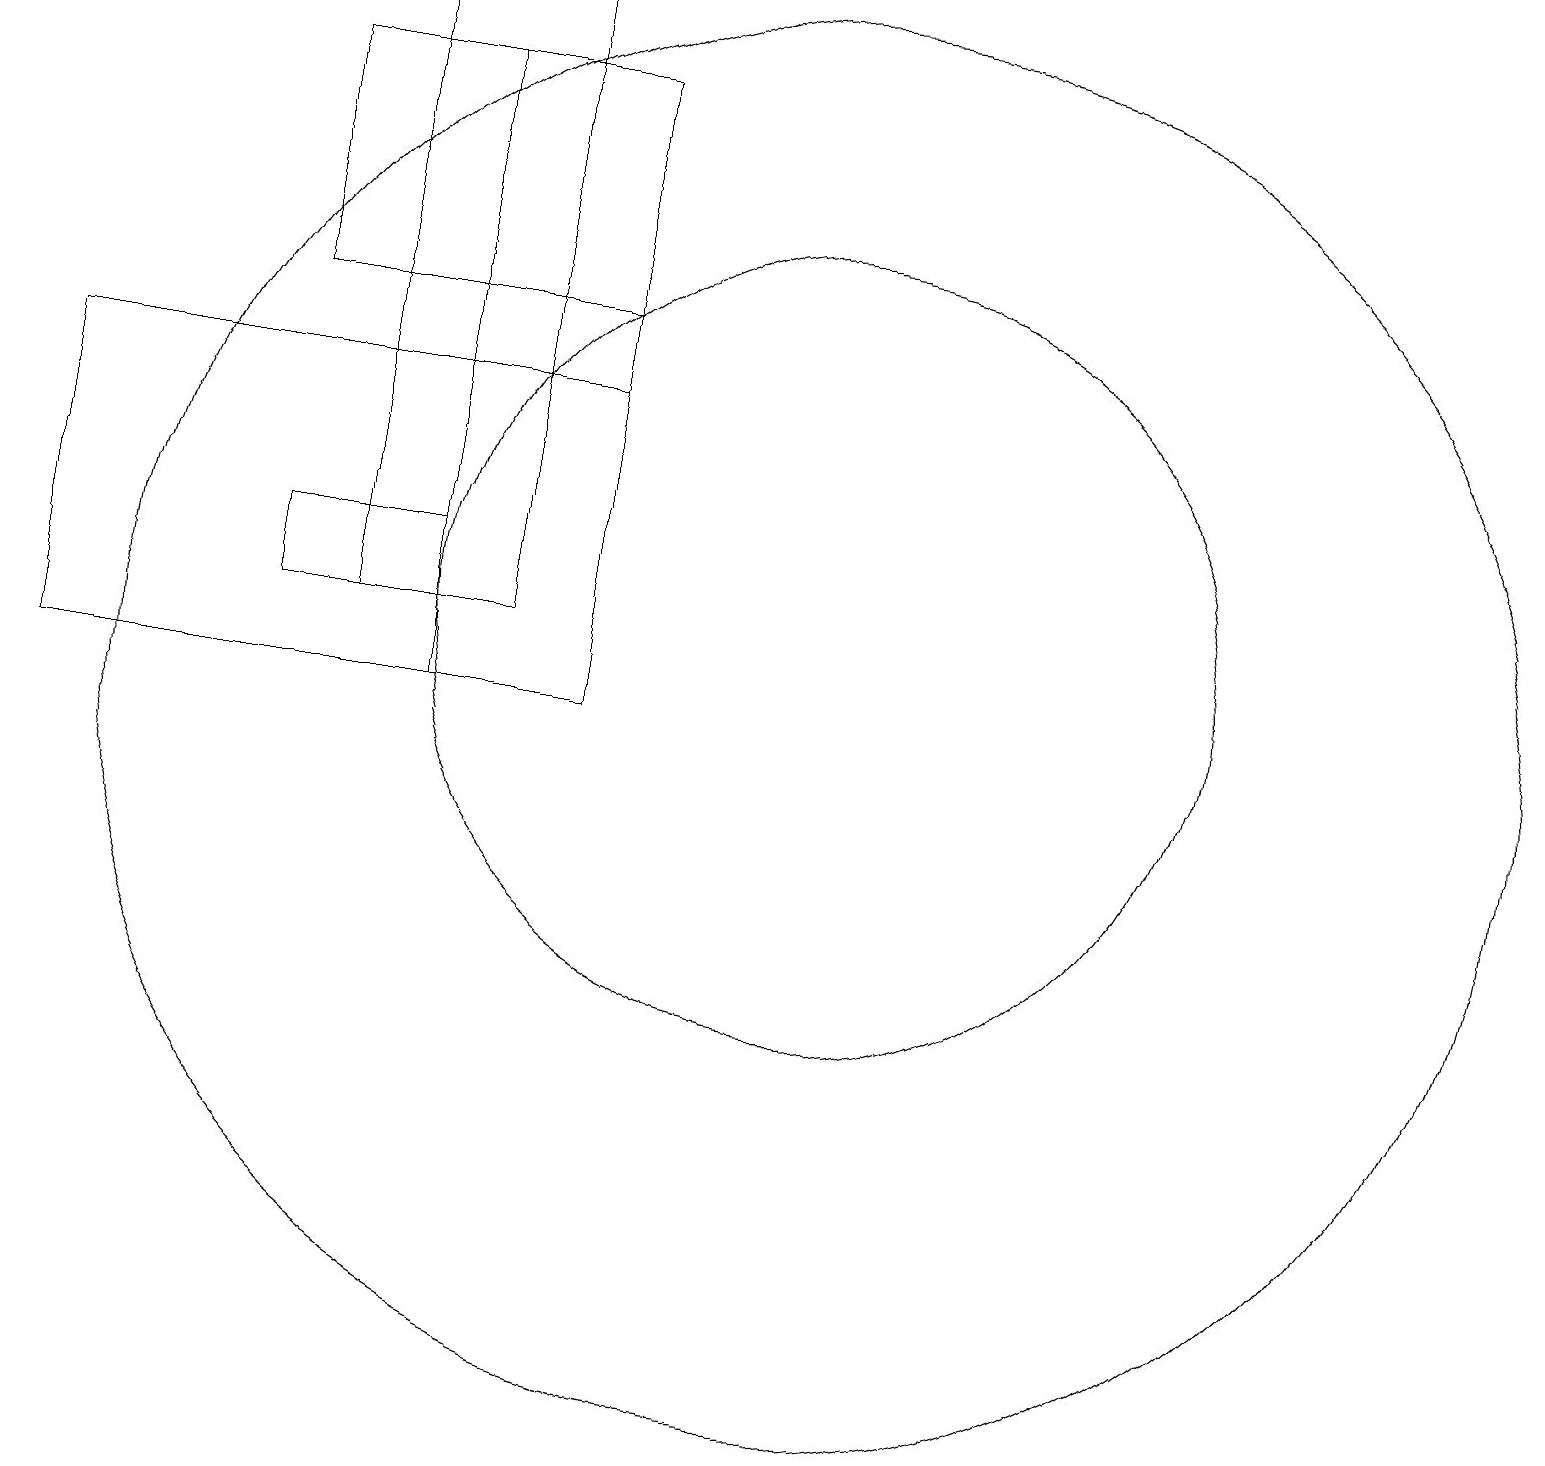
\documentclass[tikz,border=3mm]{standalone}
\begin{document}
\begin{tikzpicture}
\draw (7,18) rectangle (3,15);
\draw (10,10) circle (9);
\draw (6,19) rectangle (4,11);
\draw (3,11) rectangle (5,12);
\draw (7,18) rectangle (5,10);
\draw (0,14) rectangle (7,10);
\draw (10,11) circle (5);
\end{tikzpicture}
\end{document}